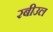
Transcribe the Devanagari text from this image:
रबीउल